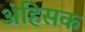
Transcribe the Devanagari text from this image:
अंहिसक